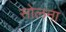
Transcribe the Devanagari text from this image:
सोलना